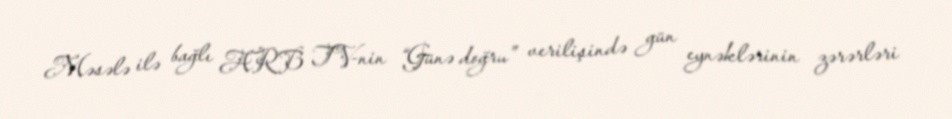
Məsələ ilə bağlı ARB TV-nin “Günə doğru” verilişində gün eynəklərinin zərərləri